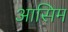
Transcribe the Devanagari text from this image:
आसिम